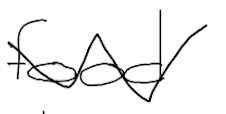
Text: food
Cross-out: zig-zag
Writing tool: digital_black